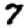
Digit: 7